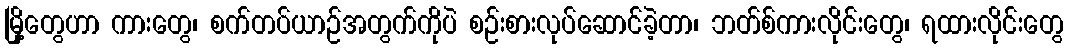
မြို့တွေဟာ ကားတွေ၊ စက်တပ်ယာဉ်အတွက်ကိုပဲ စဉ်းစားလုပ်ဆောင်ခဲ့တာ၊ ဘတ်စ်ကားလိုင်းတွေ၊ ရထားလိုင်းတွေ